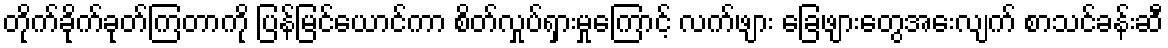
တိုက်ခိုက်ခုတ်ကြတာကို ပြန်မြင်ယောင်ကာ စိတ်လှုပ်ရှားမှုကြောင့် လက်ဖျား ခြေဖျားတွေအေးလျက် စာသင်ခန်းဆီ